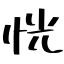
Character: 恍